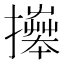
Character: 𢷎